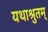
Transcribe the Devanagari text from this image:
यथाश्रुतम्